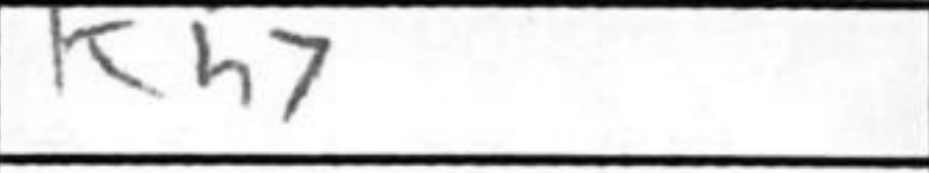
Transcription: Kh7